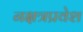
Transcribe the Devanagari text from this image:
नक्षत्रप्रवेश